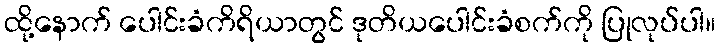
ထို့နောက် ပေါင်းခံကိရိယာတွင် ဒုတိယပေါင်းခံစက်ကို ပြုလုပ်ပါ။